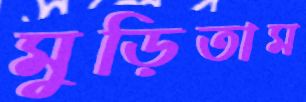
মুড়িতাম